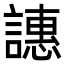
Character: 譓